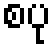
စပု